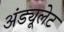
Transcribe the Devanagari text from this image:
अंड्यूलेट